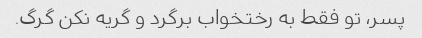
پسر، تو فقط به رختخواب برگرد و گریه نکن گرگ.